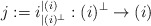
\begin{align*}j := i_{|(i)^{\perp}}^{|(i)}:(i)^{\perp}\rightarrow (i) \end{align*}